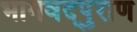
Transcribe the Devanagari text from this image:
भागवद्पुराण